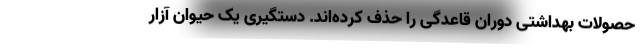
حصولات بهداشتی دوران قاعدگی را حذف کرده‌اند. دستگیری یک حیوان آزار